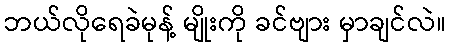
ဘယ်လိုရေခဲမုန့် မျိုးကို ခင်ဗျား မှာချင်လဲ။